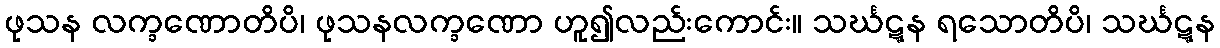
ဖုသန လက္ခဏောတိပိ၊ ဖုသနလက္ခဏော ဟူ၍လည်းကောင်း။ သင်္ဃဋ္ဋန ရသောတိပိ၊ သင်္ဃဋ္ဋန